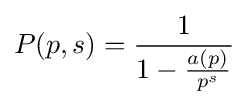
P(p,s)={\frac {1}{1-{\frac {a(p)}{p^{s}}}}}